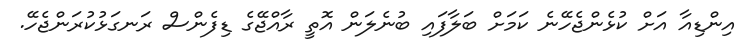
އިންޑިއާ އަށް ކުޅެންޖެހޭނެ ކަމަށް ބަލާފައި ބުނެލަން އޮތީ ރާއްޖޭގެ ޑިފެންސް ރަނގަޅުކުރަންޖެހޭ.